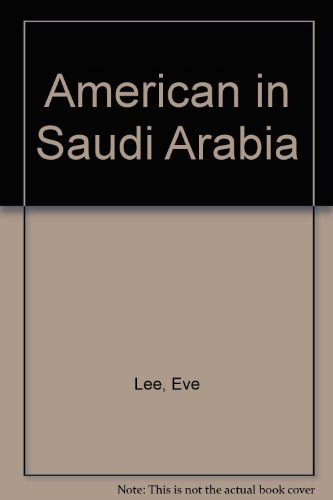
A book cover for American in Saudi Arabia; Eve Lee; Travel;